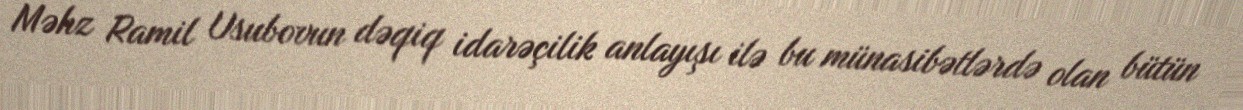
Məhz Ramil Usubovun dəqiq idarəçilik anlayışı ilə bu münasibətlərdə olan bütün